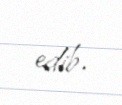
edib.